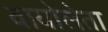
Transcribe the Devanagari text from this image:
वायोलेता